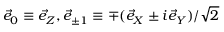
\vec { e } _ { 0 } \equiv \vec { e } _ { Z } , \vec { e } _ { \pm 1 } \equiv \mp ( \vec { e } _ { X } \pm i \vec { e } _ { Y } ) / \sqrt { 2 }